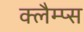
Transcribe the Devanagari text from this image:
क्लैम्प्स